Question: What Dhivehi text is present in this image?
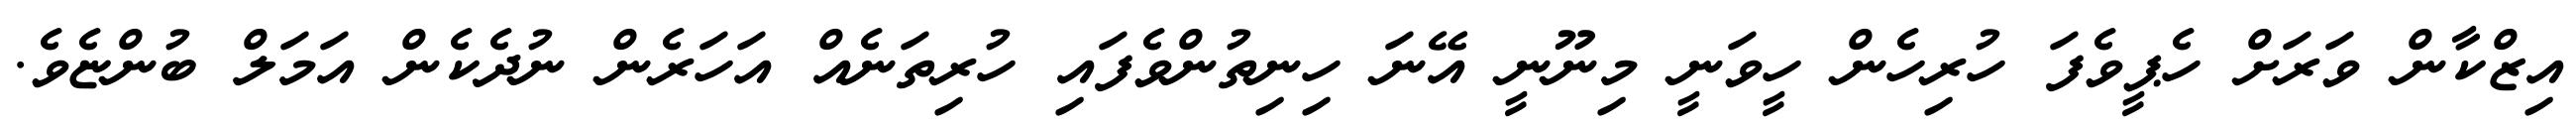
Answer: އިޒްކާން ވަރަށް ހެޕީވެފަ ހުރިހެން ހީވަނީ މިނޫނީ އޭނަ ހިނިތުންވެފައި ހުރިތަނެއް އަހަރެން ނުދެކެން އަމަލް ބުންޏެވެ.